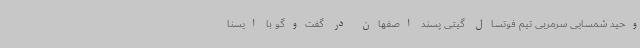
وحید شمسایی سرمربی تیم فوتسال گیتی پسند اصفهان در گفت‌وگو با ایسنا